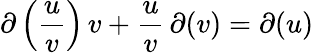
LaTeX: \partial\left({\frac{u}{v}}\right)\, v+{\frac{u}{v}}\, \partial(v)=\partial(u)